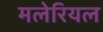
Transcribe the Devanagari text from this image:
मलेरियल